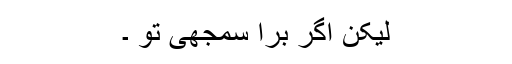
لیکن اگر برا سمجھی تو ۔